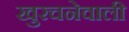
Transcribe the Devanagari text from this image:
खुरचनेवाली